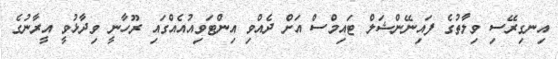
އިނގިރޭސި ވިލާތުގެ ފައިނޭންޝަލް ޓައިމްސް އަށް ދެއްވި އިންޓަވިއުއެއްގައި ރޫހާނީ ވިދާޅުވީ އީރާނުގެ